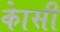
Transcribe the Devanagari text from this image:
काेसी